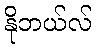
နိုဘယ်လ်